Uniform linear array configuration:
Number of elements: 12
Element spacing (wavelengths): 0.75
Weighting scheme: uniform
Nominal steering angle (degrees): -60
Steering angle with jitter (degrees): -61.572
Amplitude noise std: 0.05
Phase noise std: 0.05

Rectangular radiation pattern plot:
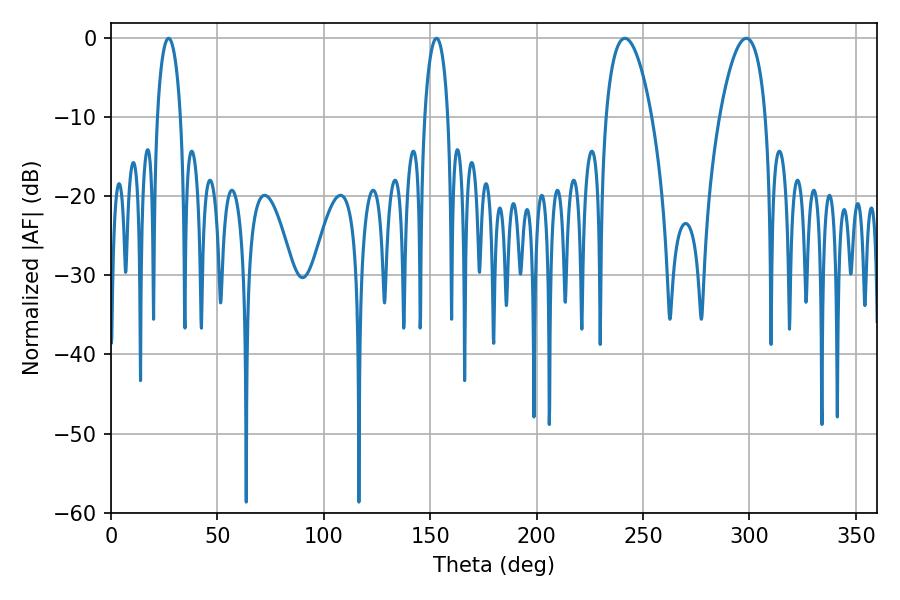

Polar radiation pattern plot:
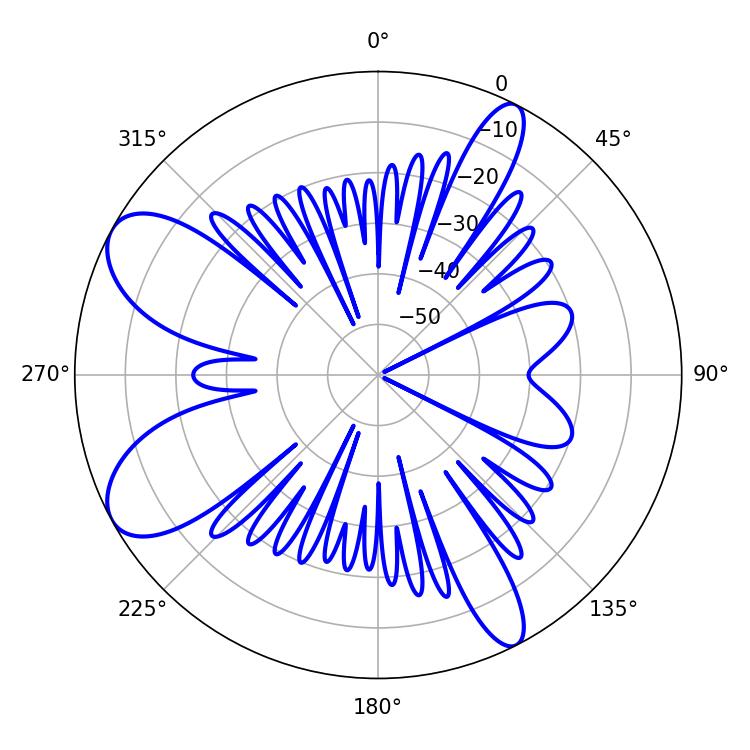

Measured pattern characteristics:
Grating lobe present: TRUE
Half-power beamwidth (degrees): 12.06
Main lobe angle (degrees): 241.56